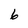
Character: 6